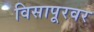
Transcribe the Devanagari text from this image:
विसापूरवर